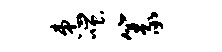
患嗤篆